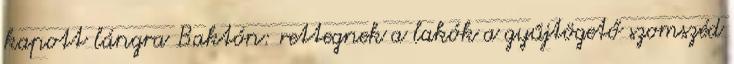
kapott lángra Baktón: rettegnek a lakók a gyűjtögető szomszéd